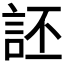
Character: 𫌶